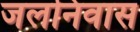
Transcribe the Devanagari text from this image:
जलनिवास